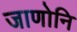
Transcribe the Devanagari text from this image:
जाणोनि